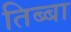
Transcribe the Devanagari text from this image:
तिब्बा